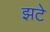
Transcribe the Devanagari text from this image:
झटे